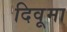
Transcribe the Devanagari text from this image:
दिवूमा